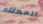
للعملاء